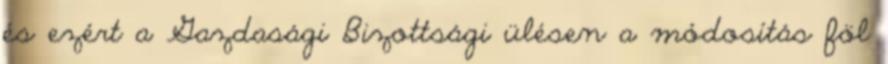
és ezért a Gazdasági Bizottsági ülésen a módosítás föl